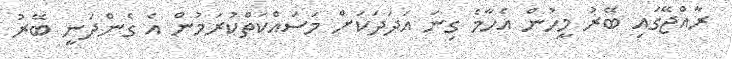
ރާއްޖޭގައި ބޭރު މީހުން އެހާމެ ގިނަ އަދަދަކަށް މަސައްކަތްކުރަމުން އެ ގެންދަނީ ބޭރު